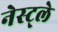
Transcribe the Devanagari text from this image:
नेस्ट्ले